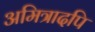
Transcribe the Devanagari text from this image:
अमित्रादपि